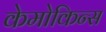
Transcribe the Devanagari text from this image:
केमोकिन्स